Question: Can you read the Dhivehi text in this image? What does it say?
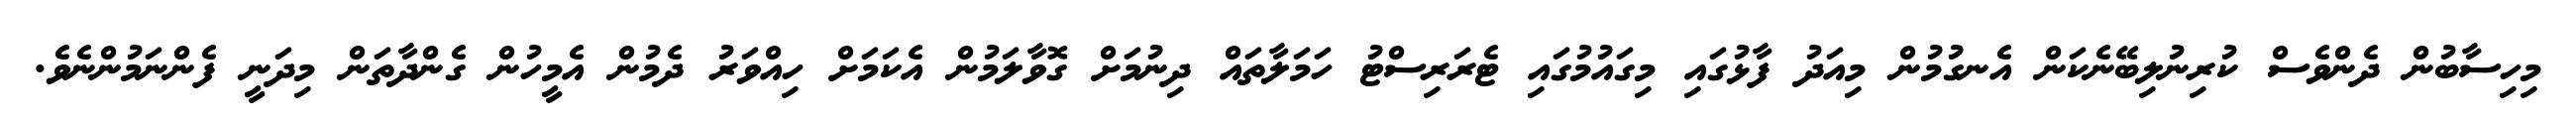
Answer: މިހިސާބުން ދެންވެސް ކުރިނުލިބޭނެކަން އެނގުމުން މިއަދު ފާޅުގައި މިގައުމުގައި ޓެރަރިސްޓު ހަމަލާތައް ދިނުމަށް ގޮވާލަމުން އެކަމަށް ހިއްވަރު ދެމުން އެމީހުން ގެންދާތަން މިދަނީ ފެންނަމުންނެވެ.